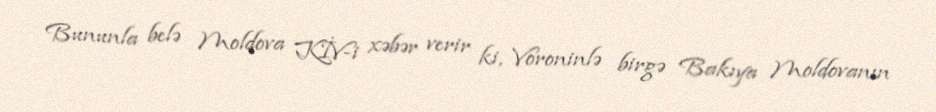
Bununla belə Moldova KİV-i xəbər verir ki, Voroninlə birgə Bakıya Moldovanın